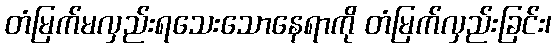
တံမြက်မလှည်းရသေးသောနေရာကို တံမြက်လှည်းခြင်း၊